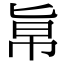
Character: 𠤚